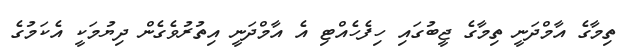
ތިމާގެ އާމްދަނީ ތިމާގެ ޖީބުގައި ހިފެހެއްޓި އެ އާމްދަނީ އިތުރުވެގެން ދިޔުމަކީ އެކަމުގެ